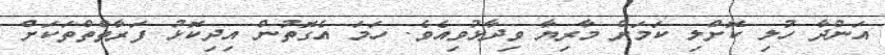
އަންދާ ހުލި ކޮށްލި ކަމަށް މާރިޔާ ވިދާޅުވިއެވެ. ހަމަ އެގޮތުން އިދިކޮޅު ފަރާތްތްތަކަށް